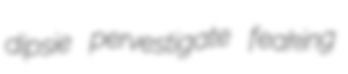
dipsie pervestigate feaking